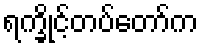
ရက္ခိုင့်တပ်တော်က